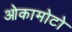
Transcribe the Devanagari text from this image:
ओकामोटो